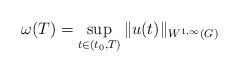
LaTeX: \begin{align*} \omega(T) = \sup_{t \in (t_0,T)} \| u(t) \|_{W^{1,\infty}(G)} \end{align*}